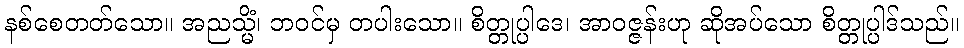
နစ်စေတတ်သော။ အညသ္မိံ၊ ဘဝင်မှ တပါးသော။ စိတ္တုပ္ပါဒေ၊ အာဝဇ္ဇန်းဟု ဆိုအပ်သော စိတ္တုပ္ပါဒ်သည်။